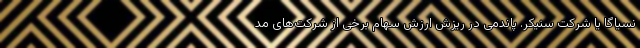
نسیاگا یا شرکت سنیکر. پاندمی در ریزش ارزش سهام برخی از شرکت‌های مد